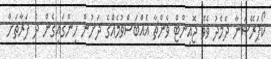
ކޯޕަރޭޝަނާ ދެމެދު ވެވޭ ޖޮއިންޓް ވެންޗާ އެއްބަސްވުމެއްގެ ދަށުން ހިންގައިގެން ދެ ފަރާތަށް